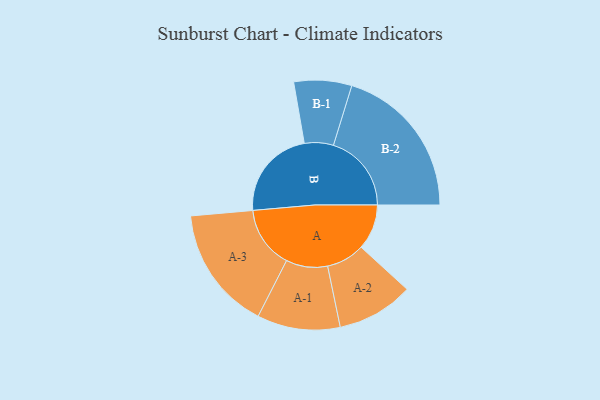
{"axis": {"x": "Segment", "y": "Value"}, "legend": ["", "A", "B"], "data": [{"x": "A", "y": 173, "type": ""}, {"x": "B", "y": 347, "type": ""}, {"x": "A-1", "y": 158, "type": "A"}, {"x": "A-2", "y": 146, "type": "A"}, {"x": "A-3", "y": 236, "type": "A"}, {"x": "B-1", "y": 110, "type": "B"}, {"x": "B-2", "y": 297, "type": "B"}]}